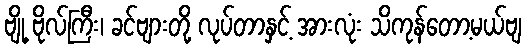
ဗျို့ ဗိုလ်ကြီး၊ ခင်ဗျားတို့ လုပ်တာနှင့် အားလုံး သိကုန်တော့မယ်ဗျ